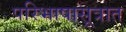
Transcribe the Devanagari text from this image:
परिभाषासूत्रात